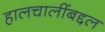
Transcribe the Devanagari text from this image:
हालचालींबद्दल